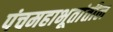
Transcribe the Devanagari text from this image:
पंचमहाभूतांतील